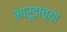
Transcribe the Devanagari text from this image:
भारूडांच्या